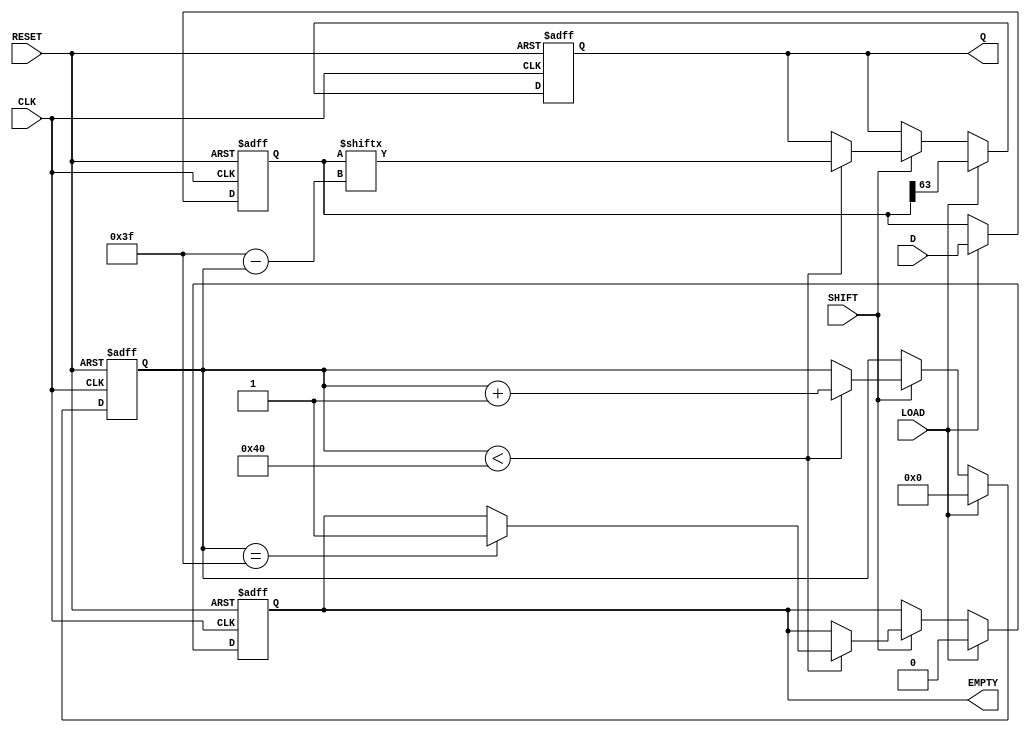
module PISO_Register (
    input wire [63:0] D,      // 64-bit data input
    input wire LOAD,          // Load control signal
    input wire CLK,           // Clock signal
    input wire SHIFT,         // Shift control signal
    input wire RESET,         // Asynchronous reset signal
    output reg Q,             // Serial output
    output reg EMPTY          // Empty status signal
);

    reg [63:0] shift_reg;     // 64-bit shift register
    reg [6:0] count;          // Counter for the number of bits shifted out

    // Asynchronous reset and loading logic
    always @(posedge CLK or posedge RESET) begin
        if (RESET) begin
            shift_reg <= 64'b0;  // Clear the register
            Q <= 1'b0;           // Clear the output
            EMPTY <= 1'b1;       // Register is empty
            count <= 7'b0;       // Reset the count
        end else begin
            if (LOAD) begin
                shift_reg <= D;   // Load data into the register
                Q <= shift_reg[63]; // Output the MSB
                EMPTY <= 1'b0;    // Register is not empty
                count <= 7'b0;     // Reset the count
            end else if (SHIFT) begin
                if (count < 64) begin
                    Q <= shift_reg[63 - count]; // Shift out MSB
                    count <= count + 1;       // Increment count
                    if (count == 63) begin
                        EMPTY <= 1'b1;          // Register is empty after last bit
                    end
                end
            end
        end
    end

endmodule